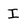
Character: I